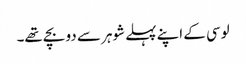
لوسی کے اپنے پہلے شوہر سے دو بچے تھے۔